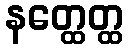
နတ္ထေတ္ထ